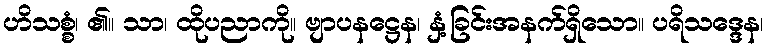
ဟိသစ္စံ၊ ၏။ သာ၊ ထိုပညာကို။ ဗျာပနဋ္ဌေန၊ နှံ့ခြင်းအနက်ရှိသော။ ပရိသဒ္ဒေန၊